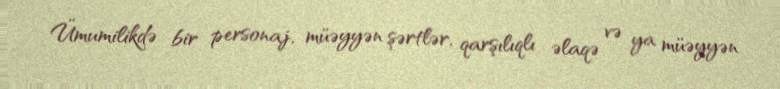
Ümumilikdə bir personaj, müəyyən şərtlər, qarşılıqlı əlaqə və ya müəyyən